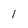
Character: 1